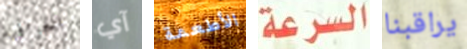
الخرافية آي الأطعمة السرعة يراقبنا